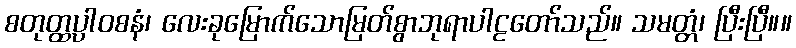
စတုတ္ထပ္ပါဝစနံ၊ လေးခုမြောက်သောမြတ်စွာဘုရာပါဠတော်သည်။ သမတ္တံ၊ ပြီးပြီ။။